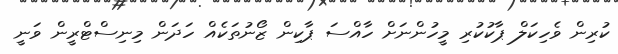
ކުރިން ވެހިކަލް ޕާކުކުރި މީހުންނަށް ހާއްސަ ޕާކިން ޒޯނުތަކެއް ހަދަން މިނިސްޓްރީން ވަނީ